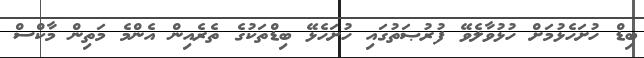
ބިޑް ހުށަހެޅުމަށް ހުޅުވާލެވޭ ފުރުޞަތުގައި ހުށަހެޅޭ ބިޑްތަކުގެ ތެރެއިން އެންމެ މަތިން މާކްސް